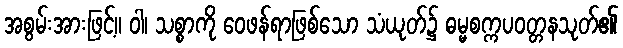
အစွမ်းအားဖြင့်။ ဝါ၊ သစ္စာကို ဝေဖန်ရာဖြစ်သော သံယုတ်၌ ဓမ္မစက္ကပဝတ္တနသုတ်၏